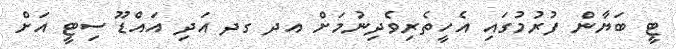
ޓީ ބަޔާން ފުރުމުގައި އެހީތެރިވެދިނުމަށް އދ ގދ އަދި އައްޑޫ ސިޓީ އަށް